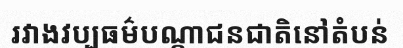
រវាងវប្បធម៌បណ្តាជនជាតិនៅតំបន់